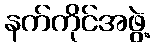
နက်ကိုင်အဖွဲ့